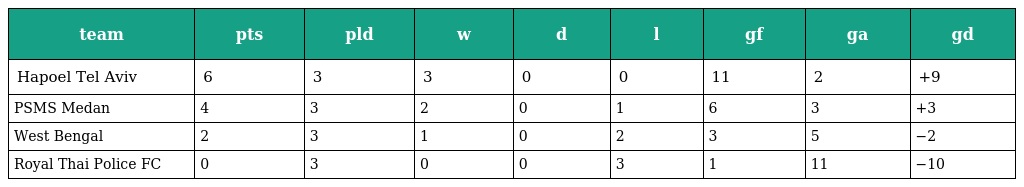
| team | pts | pld | w | d | l | gf | ga | gd |
 | --- | --- | --- | --- | --- | --- | --- | --- | --- |
 | Hapoel Tel Aviv | 6 | 3 | 3 | 0 | 0 | 11 | 2 | +9 |
 | PSMS Medan | 4 | 3 | 2 | 0 | 1 | 6 | 3 | +3 |
 | West Bengal | 2 | 3 | 1 | 0 | 2 | 3 | 5 | −2 |
 | Royal Thai Police FC | 0 | 3 | 0 | 0 | 3 | 1 | 11 | −10 |